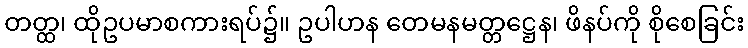
တတ္ထ၊ ထိုဥပမာစကားရပ်၌။ ဥပါဟန တေမနမတ္တဋ္ဌေန၊ ဖိနပ်ကို စိုစေခြင်း